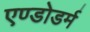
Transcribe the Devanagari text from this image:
एण्डोडर्म